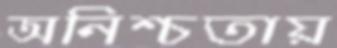
অনিশ্চতায়